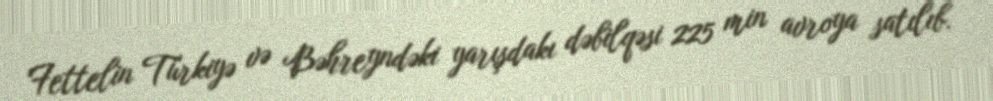
Fettelin Türkiyə və Bəhreyndəki yarışdakı dəbilqəsi 225 min avroya satılıb.